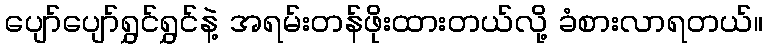
ပျော်ပျော်ရွှင်ရွှင်နဲ့ အရမ်းတန်ဖိုးထားတယ်လို့ ခံစားလာရတယ်။